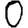
Digit: 0